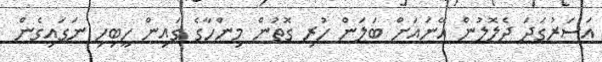
އަސަރުގަދަ ދެލޮލުން އޭނައަށް ބަލަން ހުރި ގޮތުން މިންހާގެ ގައިން ހީބިހި ނަގައިގެން